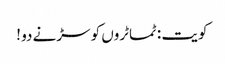
کویت : ٹماٹروں کو سڑنے دو !